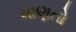
માણતો